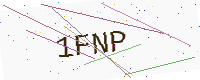
Text: 1FNP